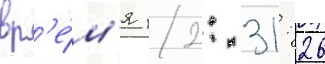
вр'е́м'я 12: 31: 26